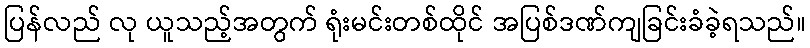
ပြန်လည် လု ယူသည့်အတွက် ရုံးမင်းတစ်ထိုင် အပြစ်ဒဏ်ကျခြင်းခံခဲ့ရသည်။